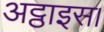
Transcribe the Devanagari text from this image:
अट्ठाइस।